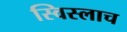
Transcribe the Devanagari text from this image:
स्विस्लाच